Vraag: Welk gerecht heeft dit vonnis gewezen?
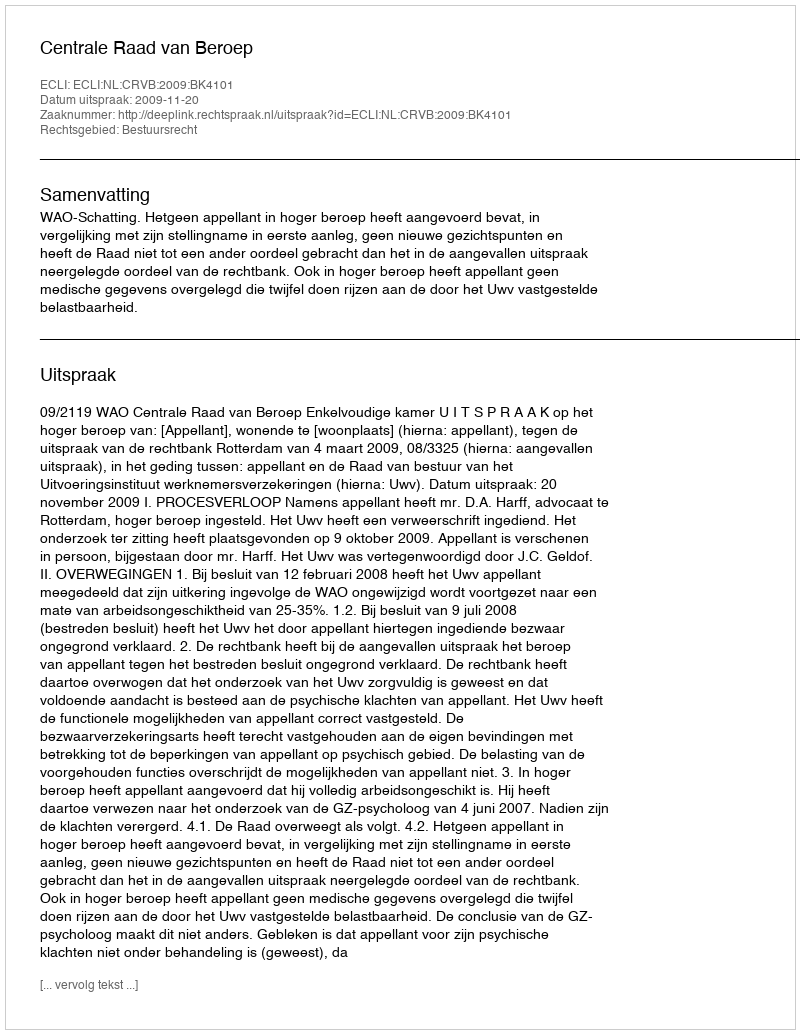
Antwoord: Centrale Raad van Beroep